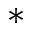
^ *